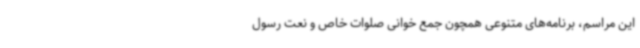
این مراسم، برنامه‌های متنوعی همچون جمع خوانی صلوات خاص و نعت رسول